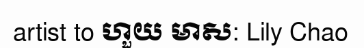
artist to ហួយ មាស: Lily Chao